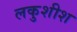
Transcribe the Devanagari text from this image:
लकुशीश